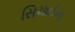
સિચાઈના